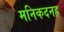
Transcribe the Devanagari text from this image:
मनिकदनह